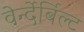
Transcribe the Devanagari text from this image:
वेर्न्देर्बिल्ट